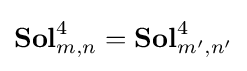
\mathbf {Sol} _{m,n}^{4}=\mathbf {Sol} _{m',n'}^{4}